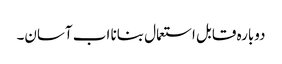
دوبارہ قابل استعمال بنانا اب آسان۔